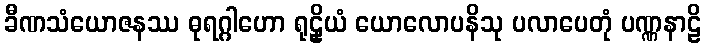
ခီဏသံယောဇနဿ ဓုရဂ္ဂါဟော ရုဠှိယံ ယောလောပနိသု ပလာပေတုံ ပဏ္ဏနာဠိ